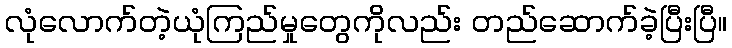
လုံလောက်တဲ့ယုံကြည်မှုတွေကိုလည်း တည်ဆောက်ခဲ့ပြီးပြီ။